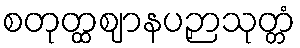
စတုတ္ထဈာနပဉှာသုတ္တံ